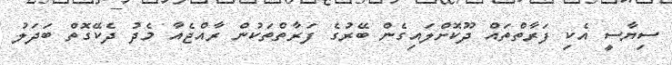
ސިޔާސީ އެކި ފަރާތްތައް ދޫކޮށްލައިގެން ބޭރުގެ ފަރާތްތަކުން ރާއްޖެއާ މެދު ދެކޭގޮތް ބަދަލު